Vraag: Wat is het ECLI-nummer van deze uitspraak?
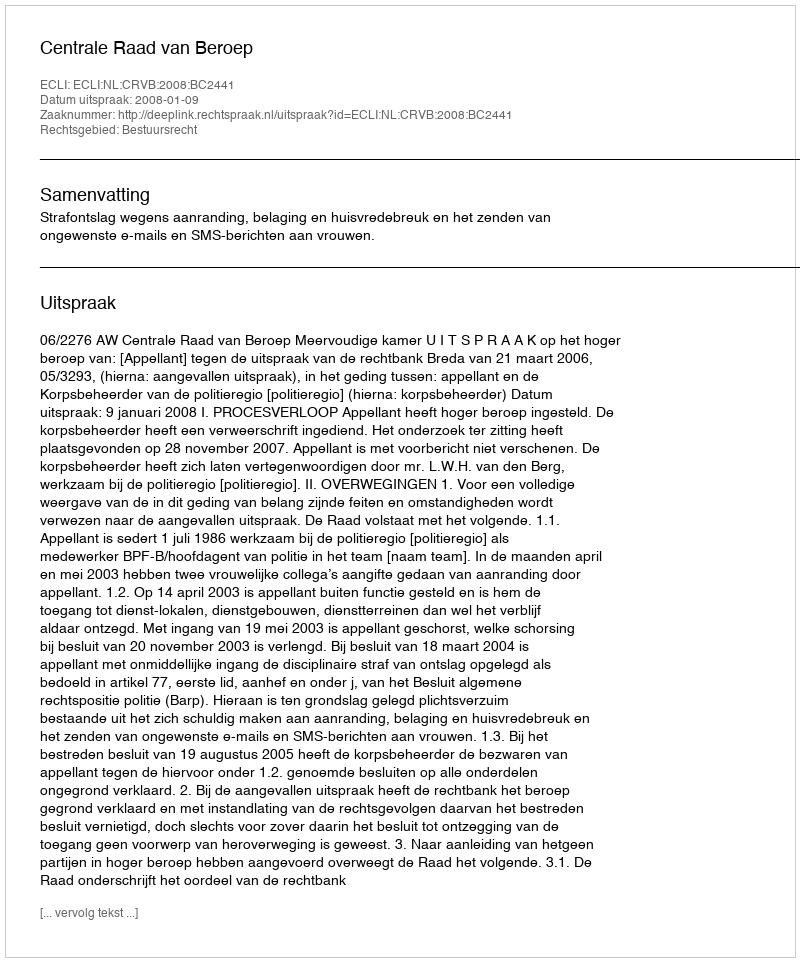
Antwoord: ECLI:NL:CRVB:2008:BC2441